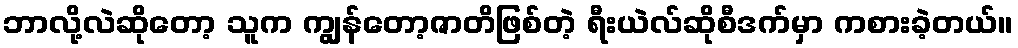
ဘာလို့လဲဆိုတော့ သူက ကျွန်တော့ဇာတိဖြစ်တဲ့ ရီးယဲလ်ဆိုစီဒက်မှာ ကစားခဲ့တယ်။